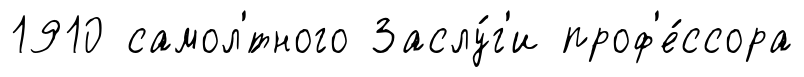
1910 самол'́тного Заслу́г'и проф'е́ссора